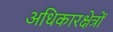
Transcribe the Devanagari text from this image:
अधिकारक्षेत्रों